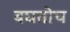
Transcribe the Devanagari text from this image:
बघतोच